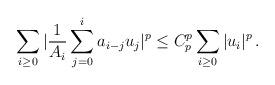
LaTeX: \begin{align*}\sum_{i\ge 0}|\frac1{A_i}\sum_{j=0}^ia_{i-j}u_j|^p \le C_p ^p\sum_{i\ge 0}|u_i|^p\, .\end{align*}